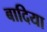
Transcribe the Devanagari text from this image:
बादिया